Report on the administration of the Government Cinchona Department 1892-98
Year: 1892
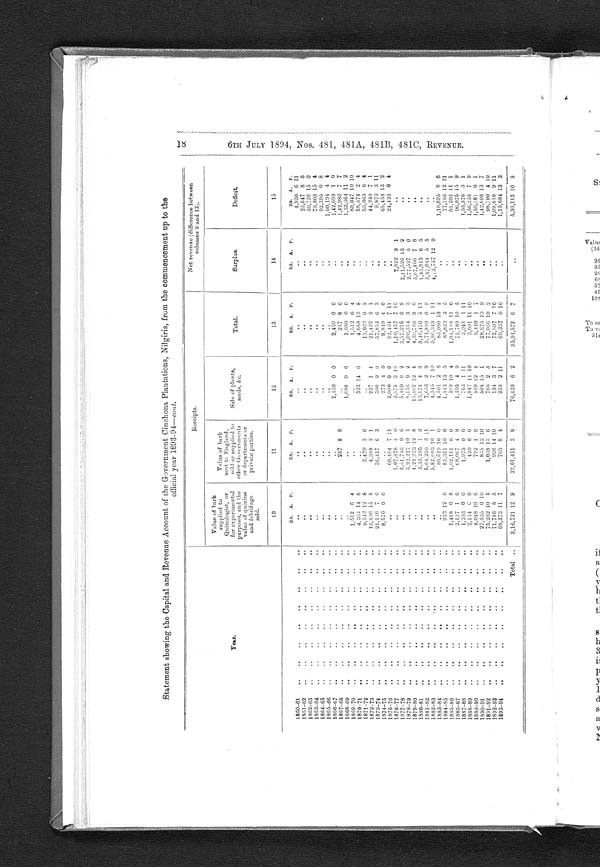
Statement showing the Capital and Revenue Account of the Government Cinchona Plantations, Nilgiris, from the commencement up to the
official year 1893.94—cont .
Y e a r .
Receipts.
Net revenue (difference between
columns 9 and 13).
Value of bark
supplied to
Quinologist, or
for experimental
purposes, and the
value of quinine
and febrifuge
sold.
Value of bark
sent to England,
sold or supplied to
other Governments
or departments or
private parties.
Sale of plants,
seeds, &c.
Total.
_
Surplus.
Deficit.
10
11
12
13
14
15
RS.
A.
P.
RS.
A .
P.
RS.
A.
P.
RS .
A .
P .
RS.
A.
P.
RS.
A.
P.
1 8 6 0-61
..
..
..
....
..
..
..
..
. .
. .
..
. .
..
4,930 6 11
1 86 1-62
..
....
..
..
.
. .
. .
..
..
..
23,647 8 6
1862-63
,.
..
..
..
..
.
..
..
..
50,726 15 0
1863-64
..
..
..
..
..
..
..
. .
. .
..
. .
..
70,808 15 4
1864-65
..
..
..
..
..
..
..
..
..
. .
92,395 0 8
1865-66
..
..
..
..
..
..
..
..
..
..
..
1,00,194 4 4
1866-67
..
..
..
..
..
..
..
..
2,450 0 0
2,450 0 0
..
1,42,698 1 0
1867-68
..
..
..
..
..
..
.....
..
287 8 8
. .
287 8 0
..
1,42,980 7 7
1868-69
..
..
..
..
..
..
. .
..
1,680 0 0
1,680 0 0
..
1,33,064 11 2
1869-70
..
..
..
..
..
.. ..
1,512 6 4
..
..
1,512 6 4
. . 80,047 10 10
1870-71
..
..
.. .
..
..
..
4,364 14 8
323 14 0
4,688 12 8
58,574 2 4
1871-72
..
..
..
..
..
..
.. ..
9,542 12 8
3,479 3 6
..
13,022 0 2
. . 55,069 6 4
1872-73
.
..
..
..
..
16,806 15 8
4,388 2 1
227 1 4
21,422 3 1
44,240 7 1
1873-74
..
..
..
..
.. .. .. ..
21,136 7 0
36,417 6 3
300 9 0
57,854 6
3
..
9,870 3 11
1874-75
..
..
.. ..
...
..
..
8,576 0 0
..
273 4 0
8,819 4 0
. .
65,458 13 2
1875-76
..
..
..
..
..
..
..
60,404
7 11
2,000 0 0
62,404 7 11
24,426 0 4
1876-77
..
..
.. .. .. .. ..
"
1,07,878 4 0
2,579
3 10
1,10,457 7 1 0
7,822 9 1
1877-78
..
..
..
..
.. . .. .
. .
3,51,746 0 6
5,469 0 2
3,57,215 0 8
2,41,526 13 2
. .
1878-79'
'
..
3,92,217 10 1
8,136
9 2
4,00,354
3 3
2,77,527 6 0
. .
1879-80
..
.,
..
..
..
..
..
4,24,323 12 8
15,462 12 4
4,39,786 9 0
3,07,466 7 8
1880-81
..
..
..
.. .. .. .. .
. .
3,33,295 1 3
13,175 4 8
3,46,470 5 11
1,93,813 6 5
..
1881-82
..
..
..
..
..
..
. .
5,64,236 3 11
7,653 2 9
5,71,889 6 8
3,97,044 5 5
1882-83
..
..
..
..
..
..
..
. .
5,82,003 10 1
4,345
7 10
5,86,349 1 11
4,13,737 12 9
. .
1883-84
..
..
..
..
..
..
. .
.80,519 10 6
4,561 2 8
85,080 13 2
..
1,10,895 8 6
1884-85
..
..
..
..
..
..
..
933 12 0
83,351 10 0
1,543 13 5
85,829 3 5
..
77,166 12 11
1885-86
..
..
..
..
..
..
..
1,418
0
8
1,02,101
0
0
58 9 10 4
1,04,108 11
0
. . 56,203 11 1
1886-87
..
..
..
..
..
..
2,127 1 0
68,067 4 8
1,595 4 9
71,789 10 5
..
96,075 15 9
1887-88
..
..
..
..
..
..
..
1,203 0 0
1,975 0 0
763 1 11
3,941 1 11
..
1,55,376 3 1
1888 -89
..
..
..
..
..
..
..
2,134
0
0
420 0 0
1,047 11 10
3,601 11 10
. . 1,56,235 7 9
1889-90
..
..
..
..
..
..
..
4,048 10
6
792 1 9
599 12 4
5,440
1
7
. . 1,56,181 0 1
1890-91
..
27,535 0 10
835 13 1 0
504 15
1
28,875 13 9
..
1,42,698 13 7
1891-92
..
..
..
..
..
..
75,262 10 5
1,038 13 6
765 2 3
77,066 10 2
..
98,790 4 10
1892-93
..
..
..
..
..
..
..
71,746 5 5
926 14 10
134 3 7
72,807 7 10
. .
1,09,610 9 11
1893-94
..
..
..
..
..
..
..
68,373 11 7
705 8 4
258 2 11
69,337 6 10
..
1,10,684 13 3
Total
..
3,16,721 12 9
32,01,411 3 8
76,439 6 2
35,94,572 6 7
. .
5,30,113 10 9
OC
n-i
00
0
ire
00
4=-
00
00
t=.;
z